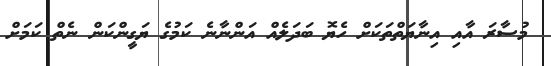
މުސާރަ އާއި އިނާޔަތްތަކަށް ހެޔޮ ބަދަލެއް އަންނާނެ ކަމުގެ ޔަގީންކަން ނެތް ކަމަށް